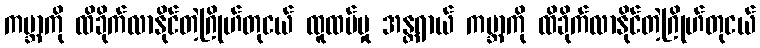
ကမ္ဘာကို ထိခိုက်လာနိုင်တဲ့ဂြိုဟ်တုငယ် ထူထပ်မှု အန္တရာယ် ကမ္ဘာကို ထိခိုက်လာနိုင်တဲ့ဂြိုဟ်တုငယ်